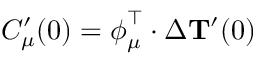
C _ { \mu } ^ { \prime } ( 0 ) = \boldsymbol { \phi } _ { \mu } ^ { \intercal } \cdot \Delta { \mathbf { T } ^ { \prime } } ( 0 )